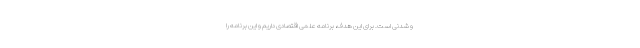
و شدنی است. برای این هدف، برنامه علمی اقتصادی داریم و این برنامه را